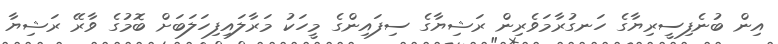
އިން ބުނެފިސީރިޔާގެ ހަނގުރާމަވެރިން ރަޝިޔާގެ ސިފައިންގެ މީހަކު މަރާލައިފިހަލަބަށް ބޮމުގެ ވާރޭ ރަޝިޔާ